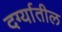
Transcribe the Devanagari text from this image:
दर्ग्यातील